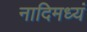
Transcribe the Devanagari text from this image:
नादिमध्यं